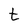
Character: t